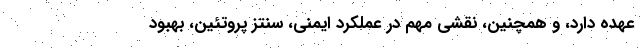
عهده دارد، و همچنین، نقشی مهم در عملکرد ایمنی، سنتز پروتئین، بهبود